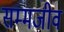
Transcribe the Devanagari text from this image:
सम्मजीव